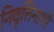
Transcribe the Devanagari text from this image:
निवृत्तिनाथी